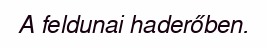
A feldunai haderőben.